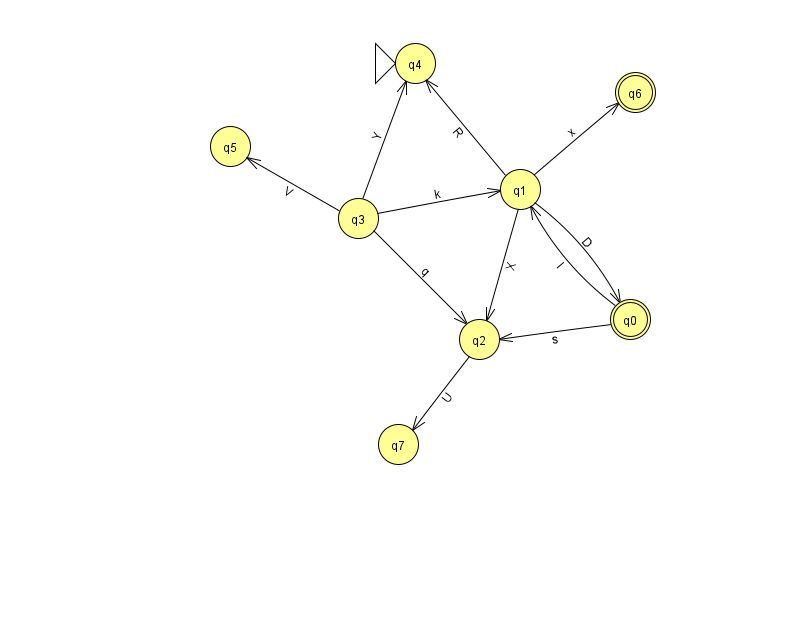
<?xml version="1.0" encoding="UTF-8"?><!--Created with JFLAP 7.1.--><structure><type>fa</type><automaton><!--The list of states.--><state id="0" name="q0"><x>630.0</x><y>306.0</y><final/></state><state id="1" name="q1"><x>520.0</x><y>176.0</y></state><state id="2" name="q2"><x>479.0</x><y>326.0</y></state><state id="3" name="q3"><x>358.0</x><y>205.0</y></state><state id="4" name="q4"><x>415.0</x><y>50.0</y><initial/></state><state id="5" name="q5"><x>230.0</x><y>133.0</y></state><state id="6" name="q6"><x>635.0</x><y>79.0</y><final/></state><state id="7" name="q7"><x>398.0</x><y>431.0</y></state><!--The list of transitions.--><transition><from>1</from><to>2</to><read>X</read></transition><transition><from>3</from><to>2</to><read>q</read></transition><transition><from>3</from><to>1</to><read>k</read></transition><transition><from>3</from><to>5</to><read>V</read></transition><transition><from>0</from><to>2</to><read>s</read></transition><transition><from>2</from><to>7</to><read>U</read></transition><transition><from>0</from><to>1</to><read>I</read></transition><transition><from>1</from><to>6</to><read>x</read></transition><transition><from>1</from><to>4</to><read>R</read></transition><transition><from>3</from><to>4</to><read>Y</read></transition><transition><from>1</from><to>0</to><read>D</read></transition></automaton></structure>